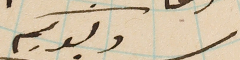
ولدكم